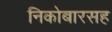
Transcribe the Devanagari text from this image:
निकोबारसह